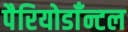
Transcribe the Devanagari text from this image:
पैरियोडाँन्टल